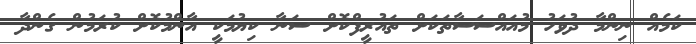
ކަމެއް ނިންމާ ދުވަހު މުއައްސަސާތަކަށް ތައުރީފްކޮށް ސަނާ ކިޔުމަކީ އާންމުކޮށް ކުރަމުން ގެންދާ